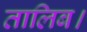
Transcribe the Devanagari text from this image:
तालिब।